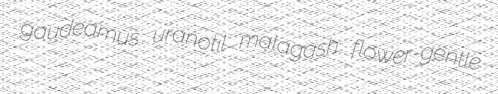
gaudeamus uranotil malagash flower-gentle